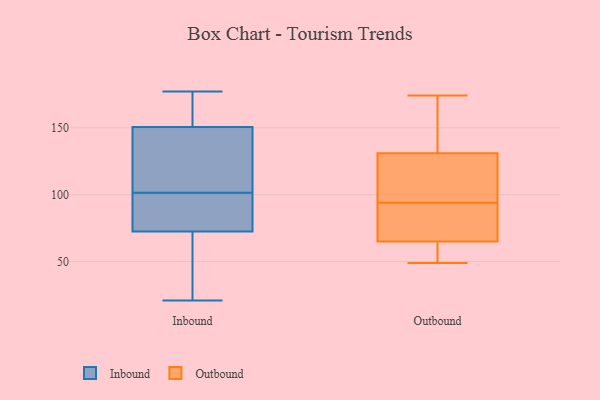
{"axis": {"x": "Conversion Rate (%)", "y": "Value"}, "legend": ["Inbound", "Outbound"], "data": [{"x": "", "y": 177, "type": "Inbound"}, {"x": "", "y": 102, "type": "Inbound"}, {"x": "", "y": 116, "type": "Inbound"}, {"x": "", "y": 155, "type": "Inbound"}, {"x": "", "y": 21, "type": "Inbound"}, {"x": "", "y": 146, "type": "Inbound"}, {"x": "", "y": 95, "type": "Inbound"}, {"x": "", "y": 92, "type": "Inbound"}, {"x": "", "y": 167, "type": "Inbound"}, {"x": "", "y": 101, "type": "Inbound"}, {"x": "", "y": 38, "type": "Inbound"}, {"x": "", "y": 53, "type": "Inbound"}, {"x": "", "y": 170, "type": "Outbound"}, {"x": "", "y": 65, "type": "Outbound"}, {"x": "", "y": 100, "type": "Outbound"}, {"x": "", "y": 49, "type": "Outbound"}, {"x": "", "y": 88, "type": "Outbound"}, {"x": "", "y": 68, "type": "Outbound"}, {"x": "", "y": 131, "type": "Outbound"}, {"x": "", "y": 107, "type": "Outbound"}, {"x": "", "y": 174, "type": "Outbound"}, {"x": "", "y": 54, "type": "Outbound"}]}